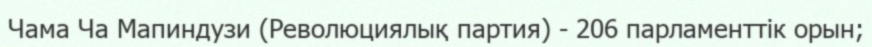
Чама Ча Мапиндузи (Революциялық партия) - 206 парламенттік орын;